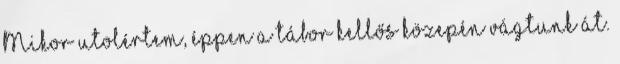
Mikor utolértem, éppen a tábor kellős közepén vágtunk át.